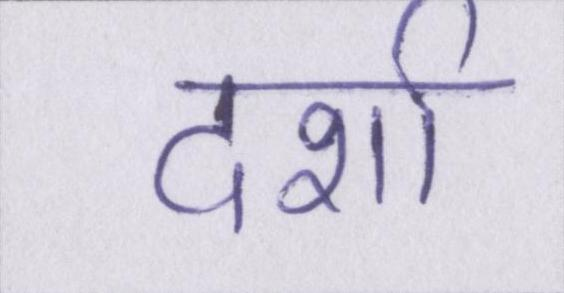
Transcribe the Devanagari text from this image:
दर्शा